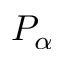
P _ { \alpha }